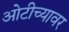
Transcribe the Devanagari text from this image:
ओटीच्यावर